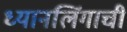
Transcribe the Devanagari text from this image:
ध्यानलिंगाची